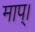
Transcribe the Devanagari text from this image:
माप्।